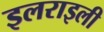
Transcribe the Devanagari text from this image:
इलराइली